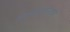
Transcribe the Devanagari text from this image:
दिसणारागरुडाचा